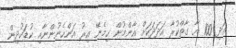
އަދި 100 އާ ގާތްކުރާ އަދަދަކަށް އާންމުން ހިމެނޭ އިރު އަންހެނުންނާއި ކުޑަކުދިން